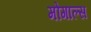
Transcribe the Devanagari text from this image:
मोगाल्स